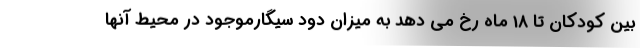
بین کودکان تا 18 ماه رخ می دهد به میزان دود سیگارموجود در محیط آنها